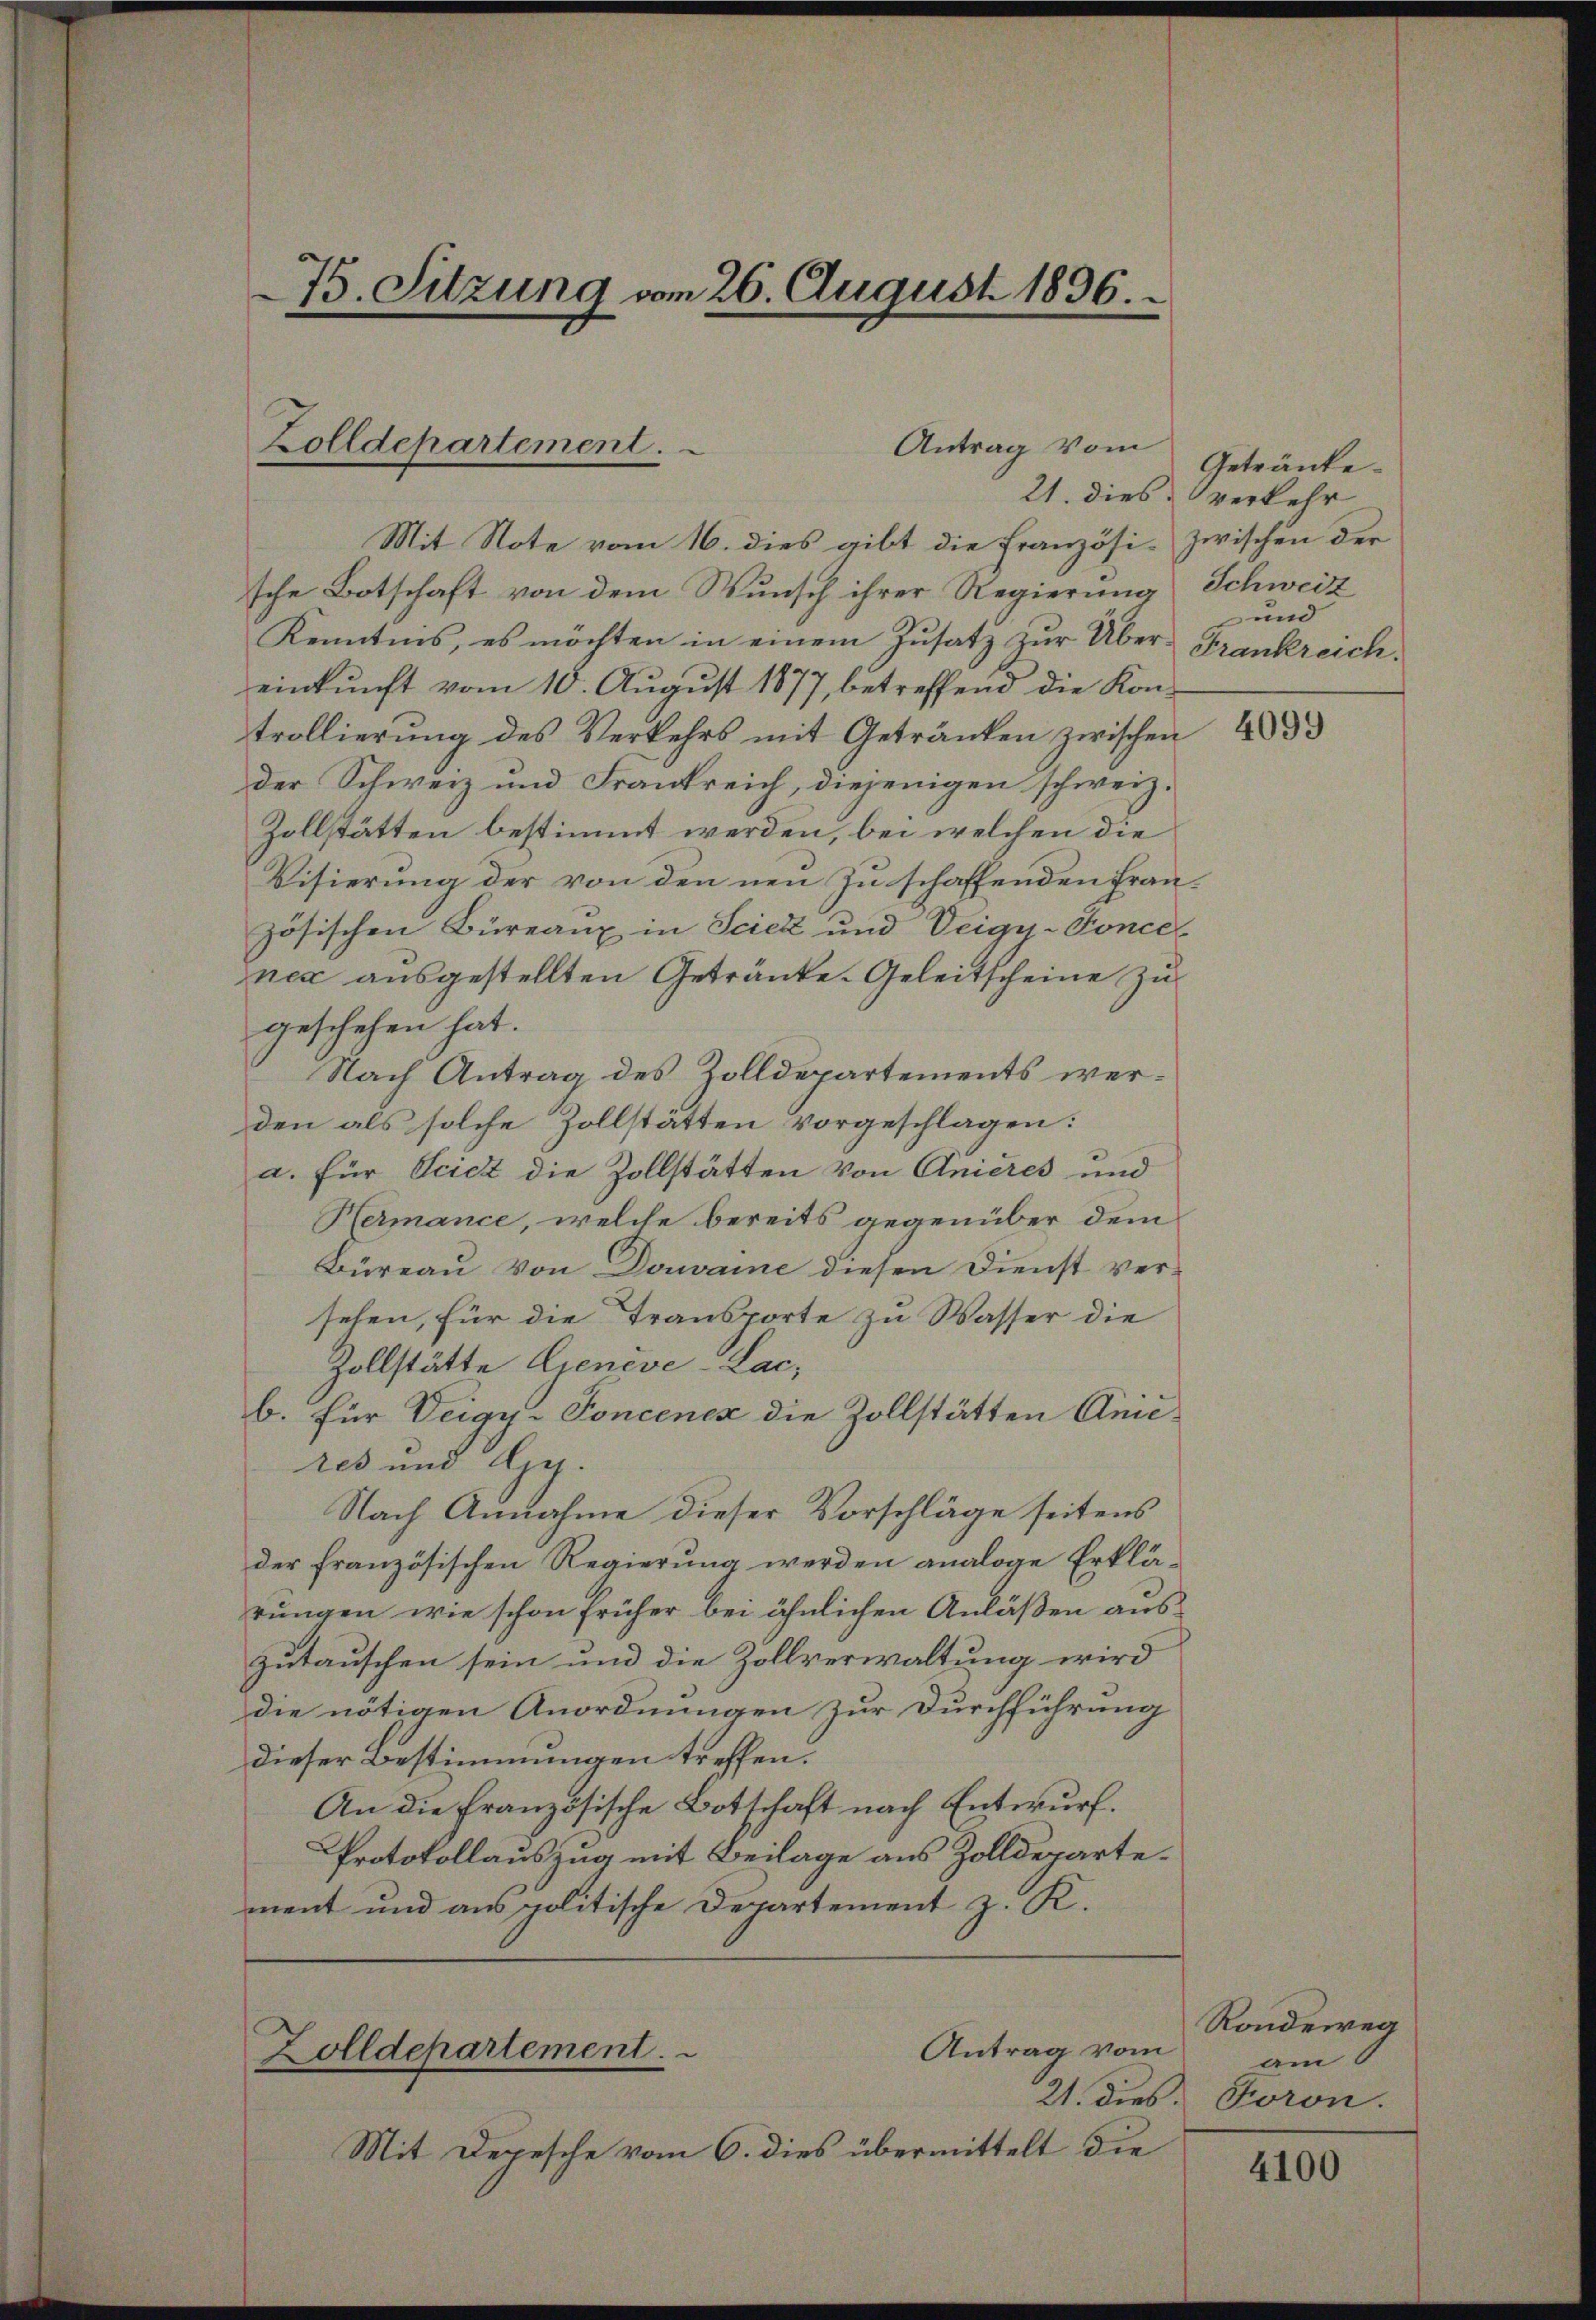
75. Sitzung am 26. August 1836.

Zolldepartement.
Antrag vom

Mit Note vom 16. dies gibt die Französi-Zwischen der
sche Botschaft von dem Wunsch ihrer Regierung Schweiz
Kenntnis, es möchten in einem Zusatz zur Übereinkunft vom 10. August 1877, betreffend die Kontrollierung des Verkehrs mit Getränken zwischen
der Schweiz und Frankreich, diejenigen schweiz.
Zollstätten bestimmt werden, bei welchen die
Visierung der von den neu zuschaffenden Fran-
zösischen Büreaux in Sciek und Veigy-Tonce
nec ausgestellten Getränke. Geleitscheine zu
geschehen hat.
Nach Antrag des Zolldepartements werden als solche Zollstätten vorgeschlagen:
a. für Sciet die Zollstätten von Anieres und
Hermance, welche bereits gegenüber dem
Büreau Von Donvaine diesen Dienst versehen, für die Transporte zu Wasser die
Zollstätte Lieneve-Lac,
b. für Deigy-Poncenex die Zollstätten Anicres und Gy.
Nach Annahme dieser Vorschläge seitens
der französischen Regierung werden analoge Erklä-
rungen, wie schon früher bei ähnlichen Anläßen auszutauschen sein und die Zollverwaltung wird
die nötigen Anordnungen zur Durchführung
dieser Bestimmungen treffen.
An die französische Botschaft nach Entwurf.
Protokollauszug mit Beilage aus Zolldepartement und aus politische Departement z. K.

Antrag vom
Zolldepartement.

Mit Depesche vom 6. dies übermittelt die

Getränke.
21. dies verkehr
und
Frankreich.

4099

Rondeweg
am
21. dies. Foron.

4100